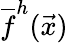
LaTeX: \overline{{f}}^{h}(\vec{x})